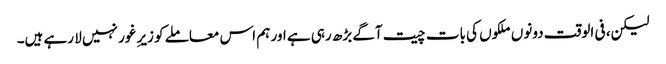
لیکن، فی الوقت دونوں ملکوں کی بات چیت آگے بڑھ رہی ہے اور ہم اس معاملے کو زیرِ غور نہیں لا رہے ہیں۔